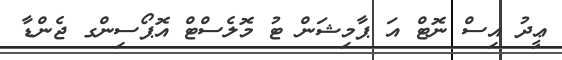
ޢީދު އިސް ނޮޓް އަ ޕާމިޝަން ޓު މޮލެސްޓް އޮޕޯސިންގ ޖެންޑާ